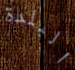
البلدة